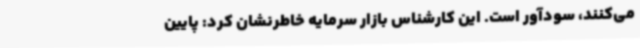
می‌کنند، سودآور است. این کارشناس بازار سرمایه خاطرنشان کرد: پایین